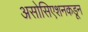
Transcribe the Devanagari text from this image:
असोसिएशनकडून